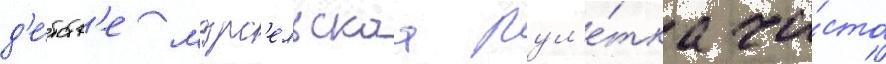
д'е́тств'е марс'ельскаа рул'е́тка ча́сто